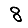
Digit: 8